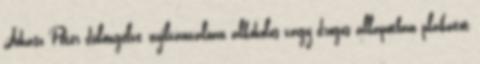
Juhász Péter dülöngélve, nyilvánvalóan alkoholos vagy drogos állapotban plakátot